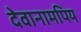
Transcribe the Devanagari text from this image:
देवानामपिय